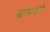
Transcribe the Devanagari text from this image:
बाष्पयंत्रे